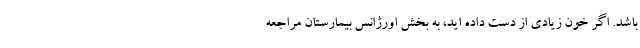
باشد. اگر خون زیادی از دست داده اید، به بخش اورژانس بیمارستان مراجعه